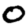
Digit: 0